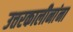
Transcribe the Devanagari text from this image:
उत्तरकालीनांना